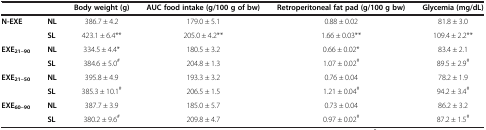
<table><thead><tr><td><b> </b></td><td><b> </b></td><td><b>Body weight (g)</b></td><td><b>AUC food intake (g/100 g of bw)</b></td><td><b>Retroperitoneal fat pad (g/100 g bw)</b></td><td><b>Glycemia (mg/dL)</b></td></tr></thead><tbody><tr><td><b>N-EXE</b></td><td><b>NL</b></td><td>386.7 ± 4.2</td><td>179.0 ± 5.1</td><td>0.88 ± 0.02</td><td>81.8 ± 3.0</td></tr><tr><td> </td><td><b>SL</b></td><td>423.1 ± 6.4**</td><td>205.0 ± 4.2**</td><td>1.66 ± 0.03**</td><td>109.4 ± 2.2**</td></tr><tr><td><b>EXE</b><sub><b>21–90</b></sub></td><td><b>NL</b></td><td>334.5 ± 4.4*</td><td>180.5 ± 3.2</td><td>0.66 ± 0.02*</td><td>83.4 ± 2.1</td></tr><tr><td> </td><td><b>SL</b></td><td>384.6 ± 5.0<sup>#</sup></td><td>204.8 ± 1.3</td><td>1.07 ± 0.02<sup>#</sup></td><td>89.5 ± 2.9<sup>#</sup></td></tr><tr><td><b>EXE</b><sub><b>21–50</b></sub></td><td><b>NL</b></td><td>395.8 ± 4.9</td><td>193.3 ± 3.2</td><td>0.76 ± 0.04</td><td>78.2 ± 1.9</td></tr><tr><td> </td><td><b>SL</b></td><td>385.3 ± 10.1<sup>#</sup></td><td>206.5 ± 1.5</td><td>1.21 ± 0.04<sup>#</sup></td><td>94.2 ± 3.4<sup>#</sup></td></tr><tr><td><b>EXE</b><sub><b>60–90</b></sub></td><td><b>NL</b></td><td>387.7 ± 3.9</td><td>185.0 ± 5.7</td><td>0.73 ± 0.04</td><td>86.2 ± 3.2</td></tr><tr><td> </td><td><b>SL</b></td><td>380.2 ± 9.6<sup>#</sup></td><td>209.8 ± 4.7</td><td>0.97 ± 0.02<sup>#</sup></td><td>87.2 ± 1.5<sup>#</sup></td></tr></tbody></table>